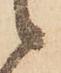
候